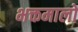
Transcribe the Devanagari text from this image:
भक्तमालों